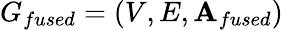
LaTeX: G_{fused}=\left(V,E,\mathbf{A}_{fused}\right)